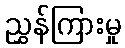
ညွှန်ကြားမှု